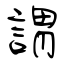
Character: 謂